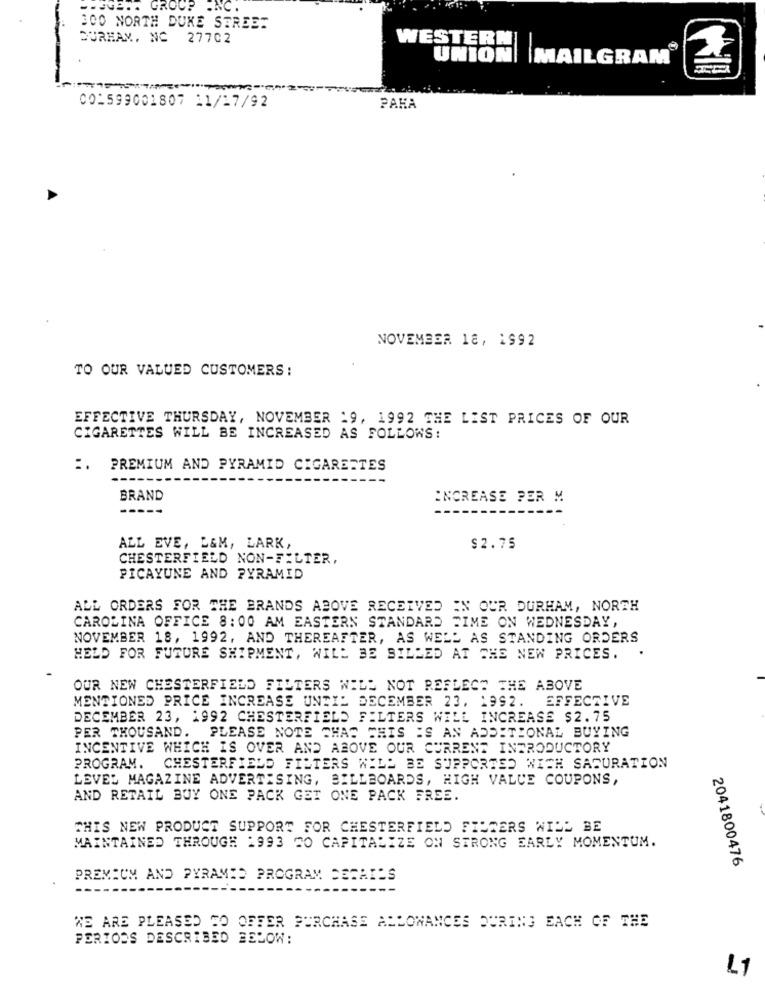
=====. GROUP INC
300 NORTH DUKE STREET
DURHAM, NC 27702
WESTERN
UNION| |MAILGRAM
001599001807 11/17/92
PAHA
NOVEMBER 18, 1992
TO OUR VALUED CUSTOMERS:
EFFECTIVE THURSDAY, NOVEMBER 19, 1992 THE LIST PRICES OF OUR
CIGARETTES WILL BE INCREASED AS FOLLOWS:
:. PREMIUM AND PYRAMID CIGARETTES
BRAND
INCREASE PER M
-----
--
ALL EVE, L&M, LARK,
$2.75
CHESTERFIELD NON-FILTER.
PICAYUNE AND PYRAMID
ALL ORDERS FOR THE BRANDS ABOVE RECEIVED IN OUR DURHAM, NORTH
CAROLINA OFFICE 8:00 AM EASTERN STANDARD TIME ON WEDNESDAY,
NOVEMBER 18, 1992, AND THEREAFTER, AS WELL AS STANDING ORDERS
HELD FOR FUTURE SHIPMENT, WILL BE BILLED AT THE NEW PRICES.
OUR NEW CHESTERFIELD FILTERS WILL NOT REFLECT THE ABOVE
EFFECTIVE
MENTIONED PRICE INCREASE UNTIL DECEMBER 23, 1992.
DECEMBER 23, 1992 CHESTERFIELD FILTERS WILL INCREASE $2.75
PER THOUSAND. PLEASE NOTE CHAS THIS IS AN ADDITIONAL BUYING
INCENTIVE WHICH IS OVER AND ABOVE OUR CURRENT INTRODUCTORY
PROGRAM. CHESTERFIELD FILTERS WILL BE SUPPORTED WICH SACURATION
LEVEL MAGAZINE ADVERTISING, BILLBOARDS, HIGH VALUE COUPONS,
AND RETAIL BUY ONE PACK GET ONE PACK FREE.
THIS NEW PRODUCT SUPPORT FOR CHESTERFIELD FILTERS WILL BE
MAINTAINED THROUGH 1993 20 CAPITALIZE ON STRONG EARLY MOMENTUM.
2041800476
PREMIUM AND PYRAMID PROGRAM DETAILS
WE ARE PLEASED CO OFFER PURCHASE ALLOWANCES DURING EACH OF THE
PERIODS DESCRIBED BELOW:
L1